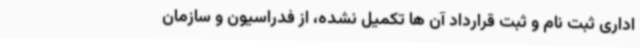
اداری ثبت نام و ثبت قرارداد آن ها تکمیل نشده، از فدراسیون و سازمان